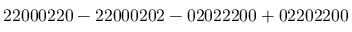
\mathrm { 2 2 0 0 0 2 2 0 - 2 2 0 0 0 2 0 2 - 0 2 0 2 2 2 0 0 + 0 2 2 0 2 2 0 0 }